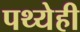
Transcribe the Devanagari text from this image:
पथ्येही